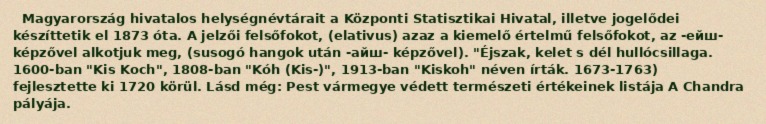
Magyarország hivatalos helységnévtárait a Központi Statisztikai Hivatal, illetve jogelődei készíttetik el 1873 óta. A jelzői felsőfokot, (elativus) azaz a kiemelő értelmű felsőfokot, az -ейш- képzővel alkotjuk meg, (susogó hangok után -айш- képzővel). "Éjszak, kelet s dél hullócsillaga. 1600-ban "Kis Koch", 1808-ban "Kóh (Kis-)", 1913-ban "Kiskoh" néven írták. 1673-1763) fejlesztette ki 1720 körül. Lásd még: Pest vármegye védett természeti értékeinek listája A Chandra pályája.